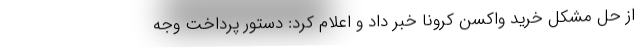
از حل مشکل خرید واکسن کرونا خبر داد و اعلام کرد: دستور پرداخت وجه